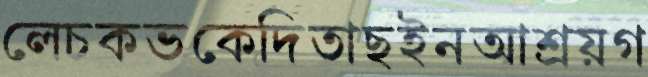
লেচকভকেদিতাছইনআশ্রয়গ